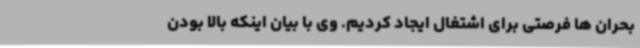
بحران ها فرصتی برای اشتغال ایجاد کردیم. وی با بیان اینکه بالا بودن